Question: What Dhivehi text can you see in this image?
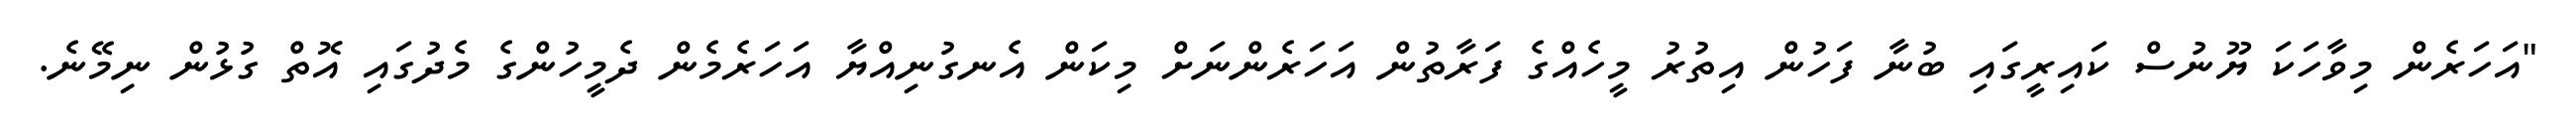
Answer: "އަހަރެން މިވާހަކަ ޔޫނުސް ކައިރީގައި ބުނާ ފަހުން އިތުރު މީހެއްގެ ފަރާތުން އަހަރެންނަށް މިކަން އެނގުނިއްޔާ އަހަރެމެން ދެމީހުންގެ މެދުގައި އޮތް ގުޅުން ނިމޭނެ.